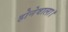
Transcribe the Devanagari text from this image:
होनेवाला।